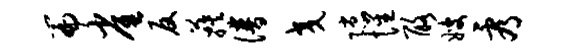
篇雀反蔟谱交隙惺酪嫂看